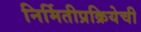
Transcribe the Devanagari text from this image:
निर्मितीप्रक्रियेची